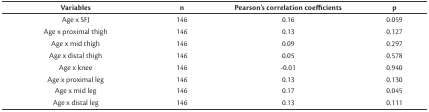
| Variables | n | Pearson’s correlation coefficients | p |
 | --- | --- | --- | --- |
 | Age x SFJ | 146 | 0.16 | 0.059 |
 | Age x proximal thigh | 146 | 0.13 | 0.127 |
 | Age x mid thigh | 146 | 0.09 | 0.297 |
 | Age x distal thigh | 146 | 0.05 | 0.578 |
 | Age x knee | 146 | -0.01 | 0.940 |
 | Age x proximal leg | 146 | 0.13 | 0.130 |
 | Age x mid leg | 146 | 0.17 | 0.045 |
 | Age x distal leg | 146 | 0.13 | 0.111 |